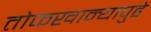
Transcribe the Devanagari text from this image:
तोफखान्यापुढे